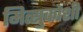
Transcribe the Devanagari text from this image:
मित्सुकोशी